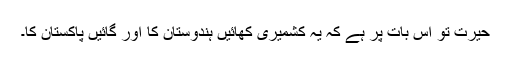
حیرت تو اس بات پر ہے کہ یہ کشمیری کھائیں ہندوستان کا اور گائیں پاکستان کا۔